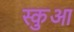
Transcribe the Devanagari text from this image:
स्कुआ